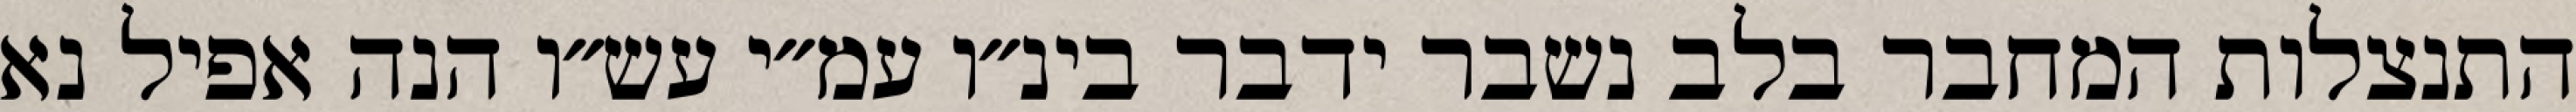
התנצלות המחבר בלב נשבר ידבר בינ״ו עמ״י עש״ו הנה אפיל נא